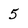
Character: 5